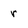
Character: r